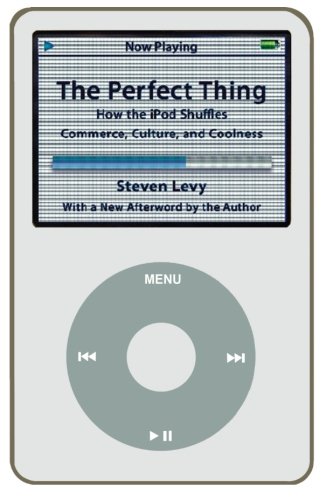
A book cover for The Perfect Thing: How the iPod Shuffles Commerce, Culture, and Coolness; Steven Levy; Computers & Technology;